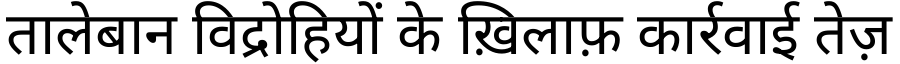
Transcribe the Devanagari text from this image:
तालेबान विद्रोहियों के ख़िलाफ़ कार्रवाई तेज़